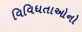
વિવિધતાઓનો